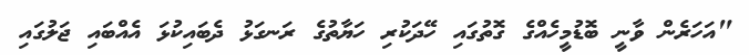
"އަހަރެން ވާނީ ބޮޑުމީހެއްގެ ގޮތުގައި ހޭދަކުރި ހަޔާތުގެ ރަނގަޅު ދެބައިކުޅަ އެއްބައި ޖަލުގައި